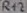
Text: R12